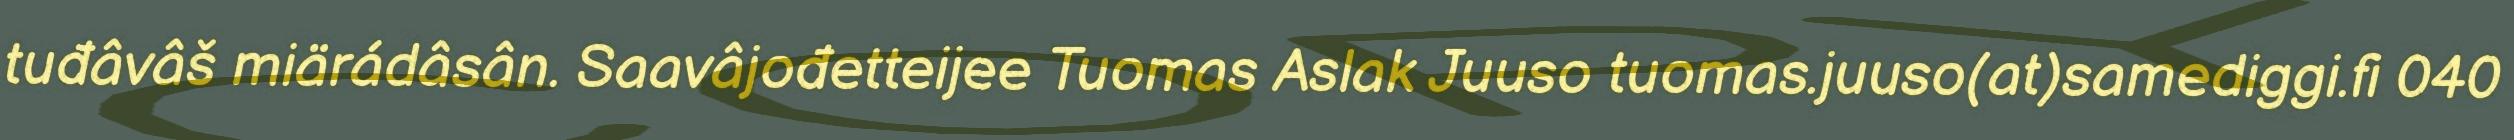
tuđâvâš miärádâsân. Saavâjođetteijee Tuomas Aslak Juuso tuomas.juuso(at)samediggi.fi 040